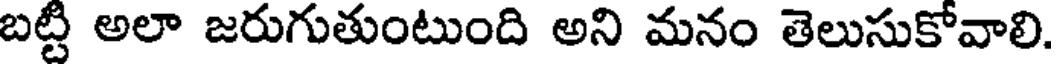
బట్టి అలా జరుగుతుంటుంది అని మనం తెలుసుకోవాలి